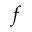
f